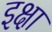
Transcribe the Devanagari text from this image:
इक्षा